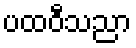
ပထဝီသညာ